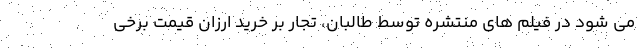
می شود در فیلم های منتشره توسط طالبان، تجار بر خرید ارزان قیمت برخی